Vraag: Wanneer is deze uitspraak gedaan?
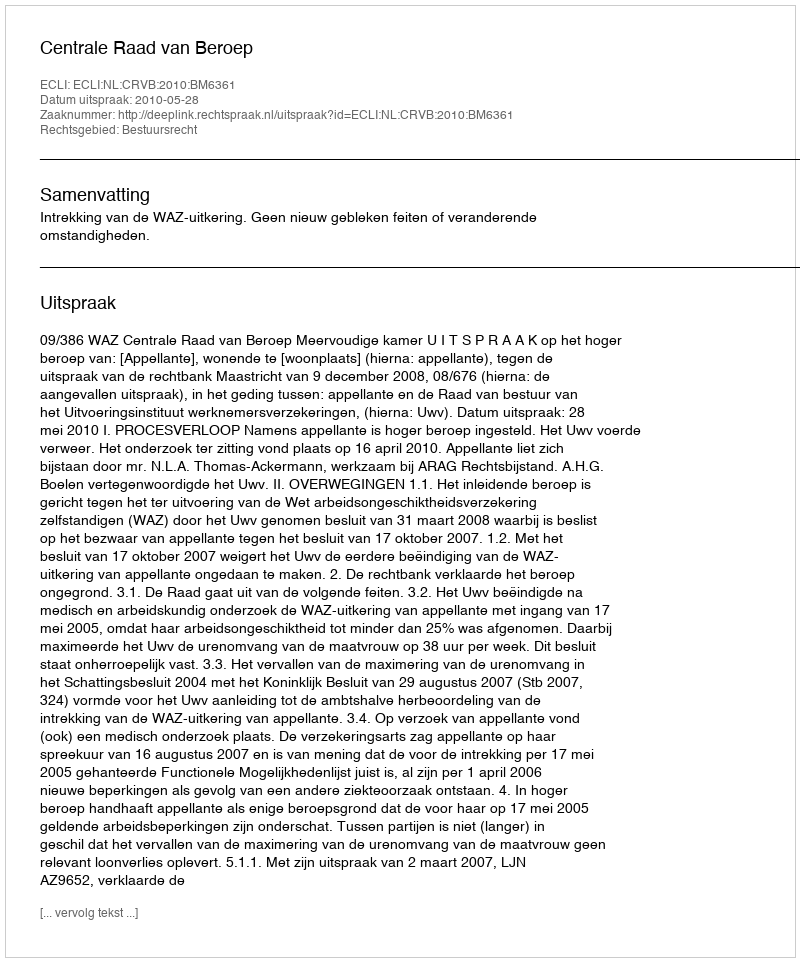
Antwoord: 2010-05-28